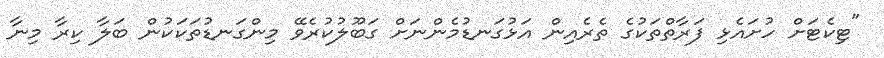
"ޓިކެޓަށް ހުށައެޅި ފަރާތްތަކުގެ ތެރެއިން އަޅުގަނޑުމެންނަށް ގަބޫލުކުރެވޭ މިންގަނޑުތަކަކުން ބަލާ ކިރާ މިނާ